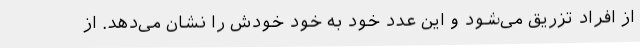
از افراد تزریق می‌شود و این عدد خود به خود خودش را نشان می‌دهد. از